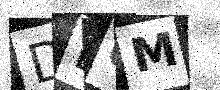
Text: DB0M